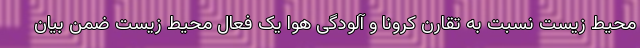
محیط زیست نسبت به تقارن کرونا و آلودگی هوا یک فعال محیط زیست ضمن بیان